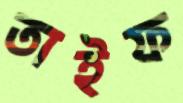
তাইফ